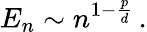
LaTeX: E_{n}\sim n^{1-\frac{p}{d}}\, .